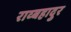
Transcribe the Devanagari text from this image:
राव्बहादुर